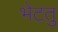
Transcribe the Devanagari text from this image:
भेटतु